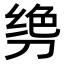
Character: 𫦌